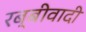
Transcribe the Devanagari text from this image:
रब्बीवादी